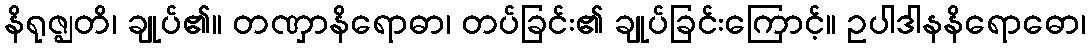
နိရုဇ္ဈတိ၊ ချုပ်၏။ တဏှာနိရောဓာ၊ တပ်ခြင်း၏ ချုပ်ခြင်းကြောင့်။ ဥပါဒါနနိရောဓော၊